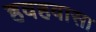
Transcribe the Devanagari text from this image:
हवहवासा